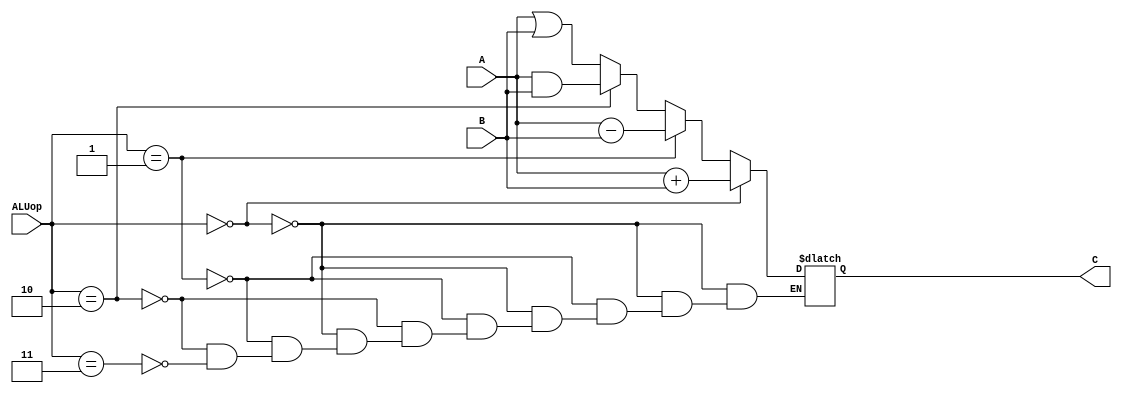
`timescale 1ns / 1ps
//////////////////////////////////////////////////////////////////////////////////
// Company: 
// Engineer: 
// 
// Design Name: 
// Module Name:    alu 
// Project Name: 
// Target Devices: 
// Tool versions: 
// Description: 
//
// Dependencies: 
//
// Revision: 
// Revision 0.01 - File Created
// Additional Comments: 
//
//////////////////////////////////////////////////////////////////////////////////
module alu(
    input [3:0] A,
    input [3:0] B,
    input [1:0] ALUop,
    output reg [3:0] C
    );
	always@(*)begin
	if (ALUop==2'b00)
		C=A+B;
	else if (ALUop==2'b01)
		C=A-B;
	else if (ALUop==2'b10)
		C=A&B;
	else if(ALUop==2'b11)
		C=A|B;
	end
endmodule